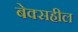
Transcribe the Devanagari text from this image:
बेक्सहील